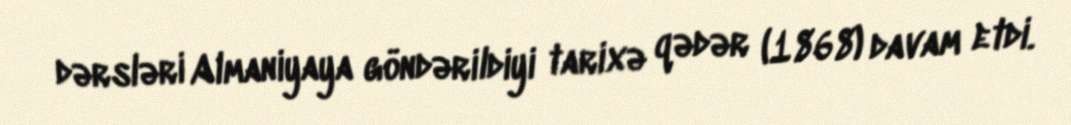
dərsləri Almaniyaya göndərildiyi tarixə qədər (1868) davam etdi.